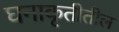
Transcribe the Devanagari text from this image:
घनाकृतीतील